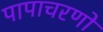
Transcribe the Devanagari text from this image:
पापाचरणों